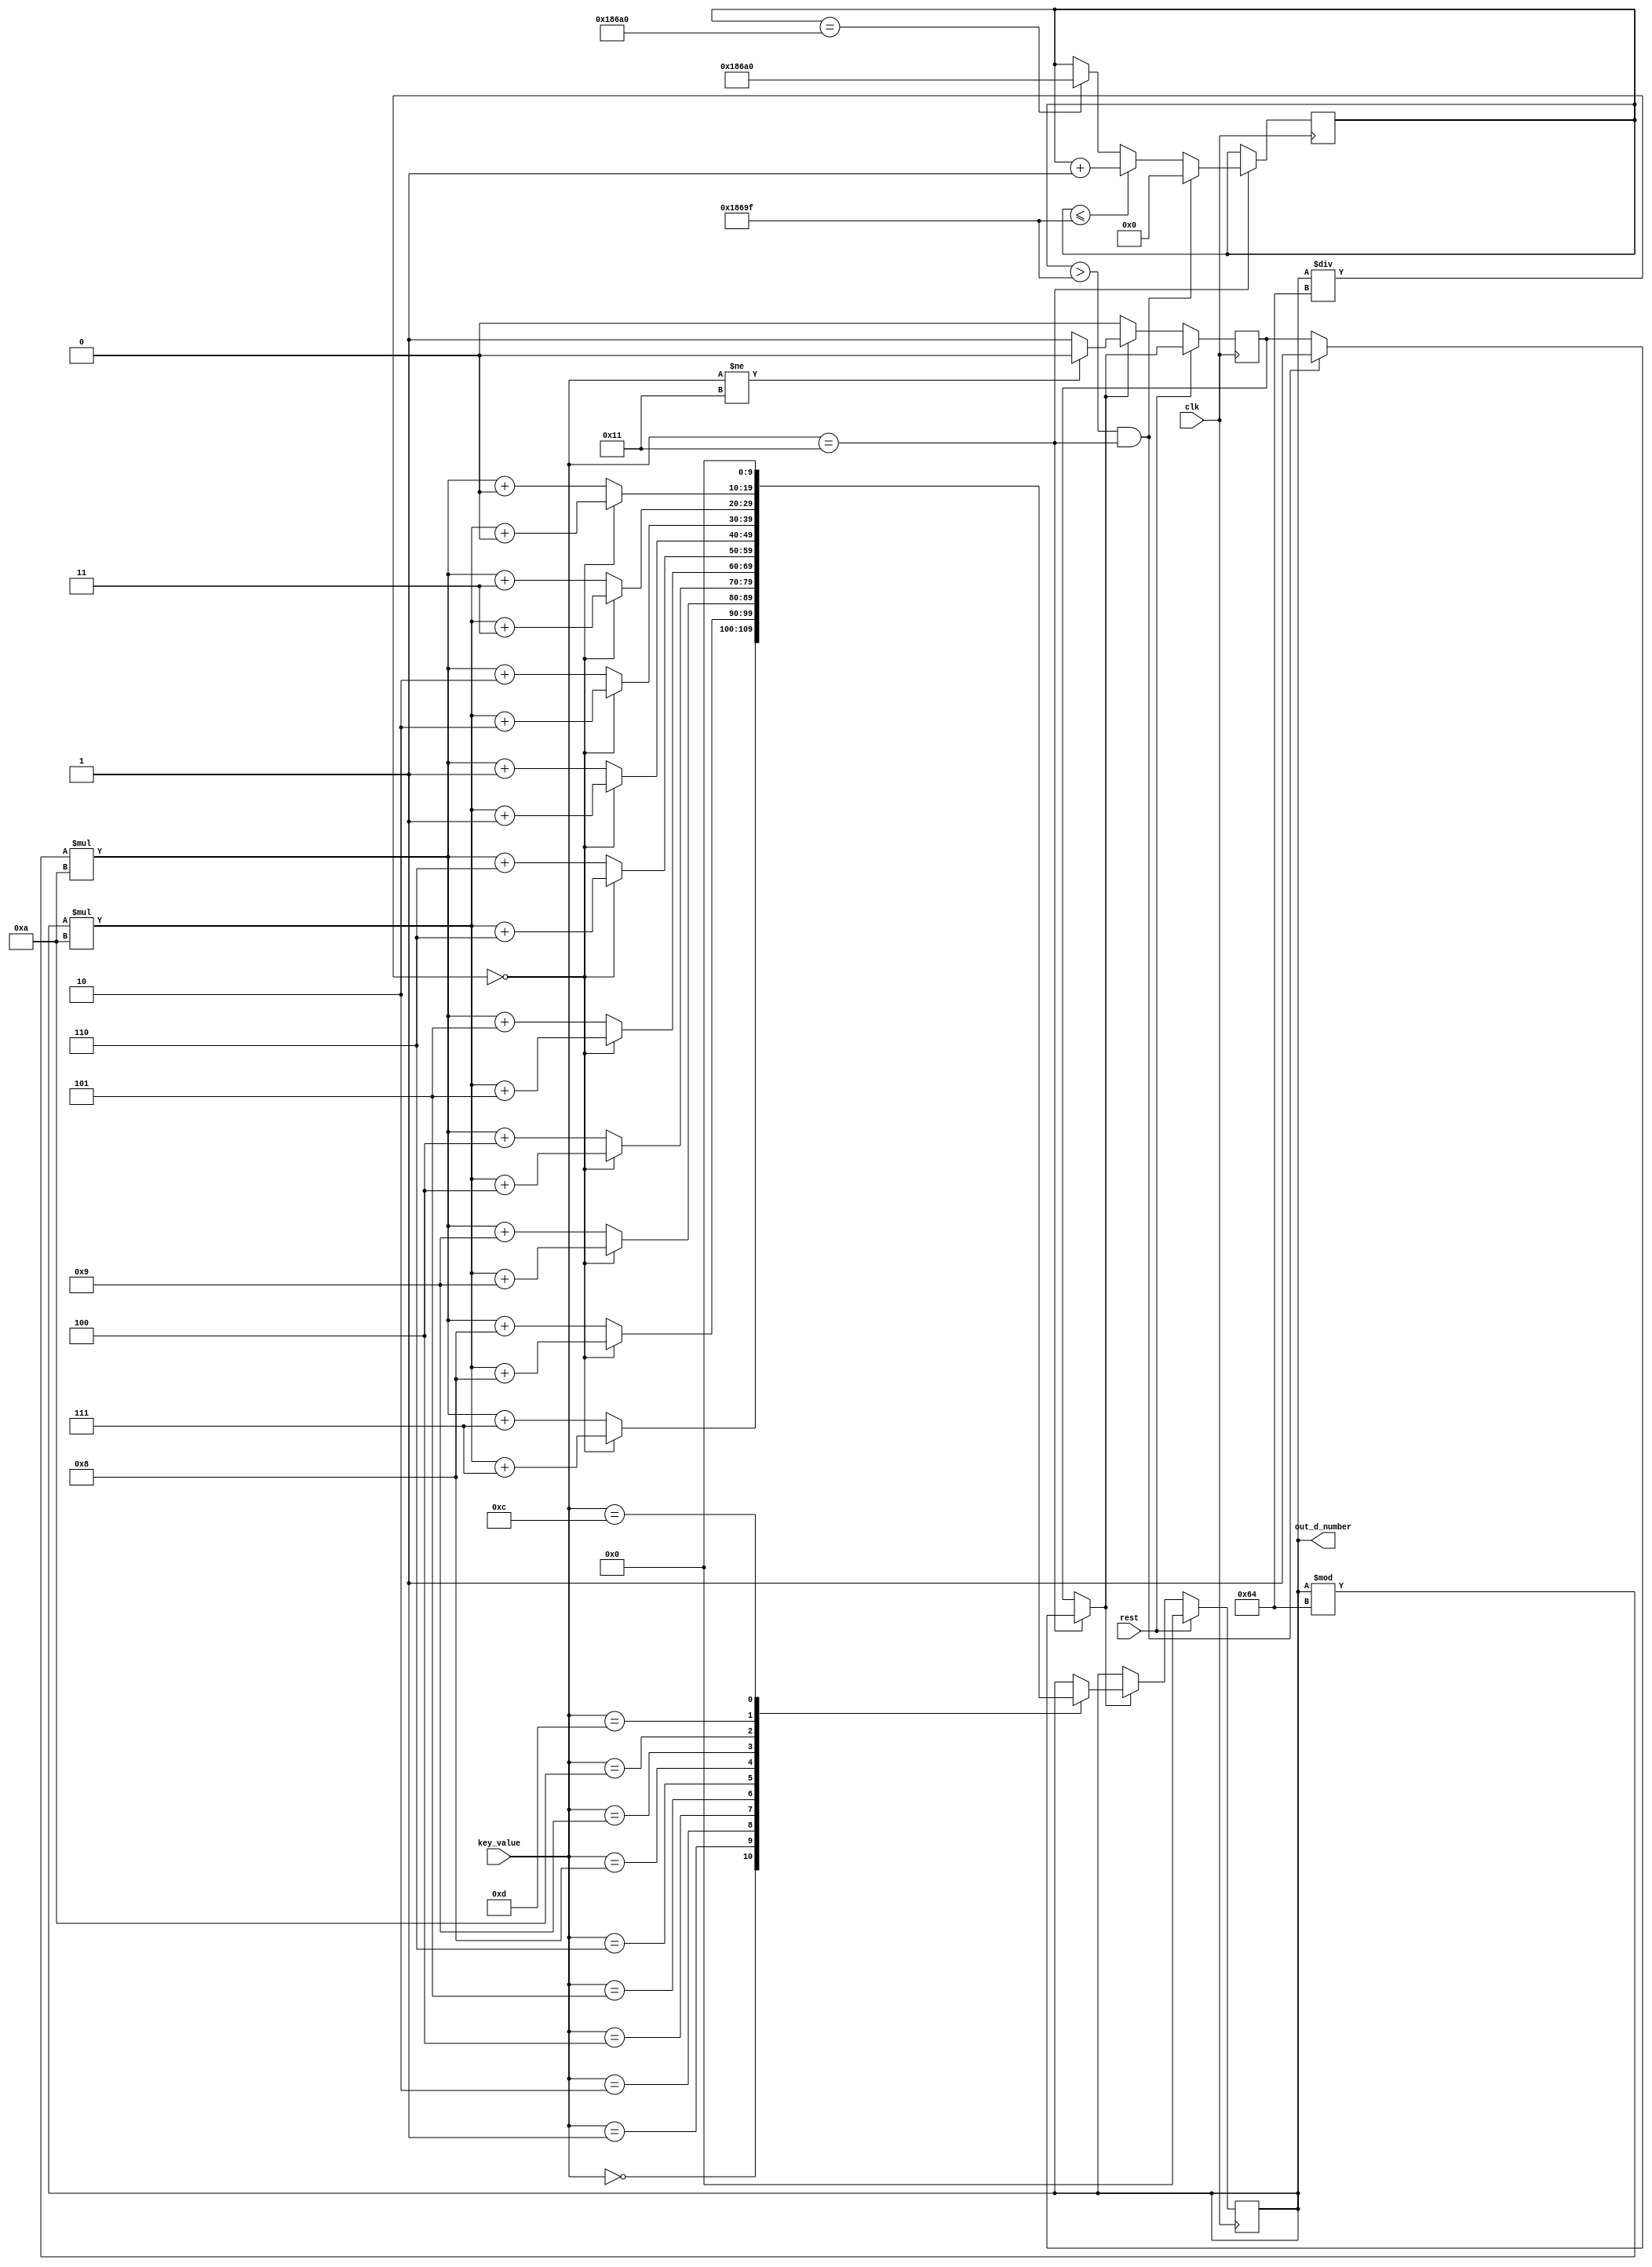
/**/
//rstprocessorrestnumber
//out_d_number:999
module number_reg(clk, rest, key_value, out_d_number);
	input 				clk;
	input				rest;
	input 		[4:0] 	key_value;
	output 	reg [9:0]	out_d_number;
	
	reg [18:0]  statu= 19'd0;
	reg 		flag= 1'b0;

//	
always @(posedge clk) begin
	if(key_value == 5'd17)begin   			//			
			if(statu > 19'd99999 && key_value == 5'd17)begin
				flag = 1'b1;statu = 19'd0;
			end
			else if(statu <= 19'd99999)
				statu = statu+1'b1;
			else if	(statu == 19'd100000)
				statu = 19'd100000;
		end
	if(rest)begin							//rst
		out_d_number <= 10'd0;
	end
	else if( (flag))begin  					//999
		if(key_value != 5'd17)begin
				flag = 1'b0;
				end
		case(key_value)
		5'd0:  begin 
				if (out_d_number/10'd100==10'd0 )out_d_number=out_d_number*10'd10+10'd7; else  out_d_number=(out_d_number%10'd100)*4'd10+4'd7; 
				end
		5'd1:  begin 
				if (out_d_number/10'd100==10'd0 )out_d_number=out_d_number*4'd10+4'd8; else  out_d_number=(out_d_number%10'd100)*4'd10+4'd8; end
		5'd2:  begin                          
				if (out_d_number/10'd100==10'd0 )out_d_number=out_d_number*4'd10+4'd9; else  out_d_number=(out_d_number%10'd100)*4'd10+4'd9; end
		5'd4:  begin                          
				if (out_d_number/10'd100==10'd0 )out_d_number=out_d_number*4'd10+4'd4; else  out_d_number=(out_d_number%10'd100)*4'd10+4'd4; end
		5'd5:  begin                          
				if (out_d_number/10'd100==10'd0 )out_d_number=out_d_number*4'd10+4'd5; else  out_d_number=(out_d_number%10'd100)*4'd10+4'd5; end
		5'd6: begin                           
				if (out_d_number/10'd100==10'd0 )out_d_number=out_d_number*4'd10+4'd6; else  out_d_number=(out_d_number%10'd100)*4'd10+4'd6; end
		5'd8: begin                           
				if (out_d_number/10'd100==10'd0 )out_d_number=out_d_number*4'd10+4'd1; else  out_d_number=(out_d_number%10'd100)*4'd10+4'd1; end
		5'd9: begin                           
				if (out_d_number/10'd100==10'd0 )out_d_number=out_d_number*4'd10+4'd2; else  out_d_number=(out_d_number%10'd100)*4'd10+4'd2; end
		5'd10:begin                           
				if (out_d_number/10'd100==10'd0 )out_d_number=out_d_number*4'd10+4'd3; else  out_d_number=(out_d_number%10'd100)*4'd10+4'd3; end
		5'd13: begin                          
				if (out_d_number/10'd100==10'd0 )out_d_number=out_d_number*4'd10+4'd0; else  out_d_number=(out_d_number%10'd100)*4'd10+4'd0; end
		5'd12: begin 
				out_d_number=10'd0; end			
		default:;
		endcase
		end
end	
endmodule